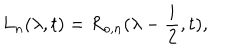
LaTeX: L _ { n } ( \lambda , t ) = R _ { o , n } ( \lambda - \frac { i } { 2 } , t ) ,